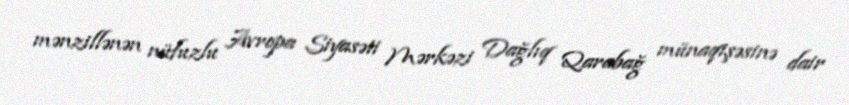
mənzillənən nüfuzlu Avropa Siyasəti Mərkəzi Dağlıq Qarabağ münaqişəsinə dair